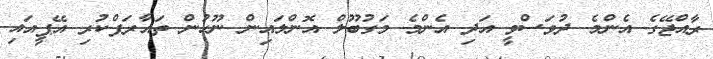
ރާއްޖޭގެ އެންމެ ދުވަސްވީ އަދި އެންމެ މަގުބޫލް އޮންލައިން ނޫހުން ތައާރަފްކުރި އޭޕީއައި